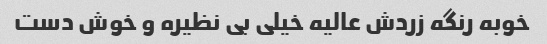
خوبه رنگه زردش عالیه خیلی بی نظیره و خوش دست